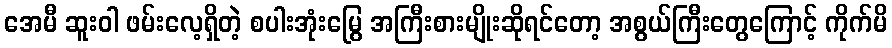
အေမီ ဆူးဝါ ဖမ်းလေ့ရှိတဲ့ စပါးအုံးမြွေ အကြီးစားမျိုးဆိုရင်တော့ အစွယ်ကြီးတွေကြောင့် ကိုက်မိ